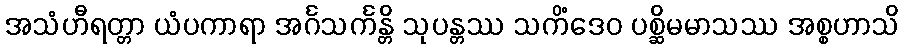
အသံဟီရတ္တာ ယံပကာရာ အင်္ဂသင်္ကန္တိ သုပန္တဿ သကိံဒေဝ ပစ္ဆိမမာသဿ အစ္စဟာသိ